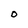
Character: O